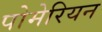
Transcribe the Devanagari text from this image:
पोमेरियन